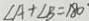
\angle A + \angle B = 1 8 0 ^ { \circ }